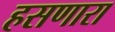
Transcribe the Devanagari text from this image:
हसणारा